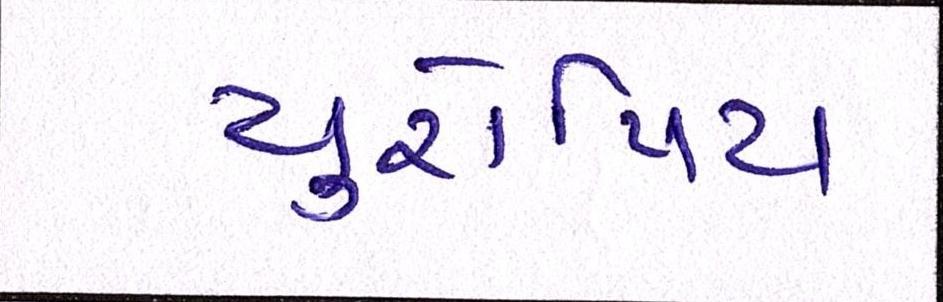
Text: યુરોપિય